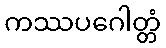
ကဿပဂေါတ္တံ